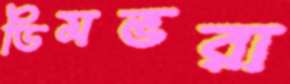
ডিমভরা